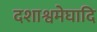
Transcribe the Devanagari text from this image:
दशाश्वमेघादि